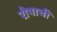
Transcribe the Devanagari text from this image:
रोषाची